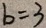
b = 3